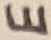
Text: E